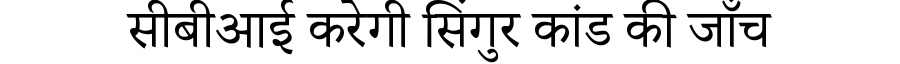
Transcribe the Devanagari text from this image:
सीबीआई करेगी सिंगुर कांड की जाँच